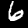
Digit: 6